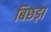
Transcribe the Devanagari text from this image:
बिछड़ा